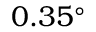
0 . 3 5 ^ { \circ }